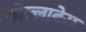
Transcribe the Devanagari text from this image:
कोल्लाबेरा